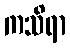
ကသိရာ